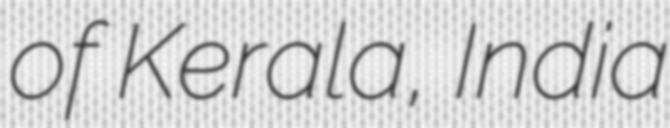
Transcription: of Kerala, India